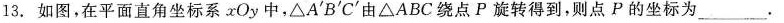
13.如图，在平面直角坐标系xOy中，△A^{1}B^{1}C^{1}由△ABC绕点P旋转得到，则点P的坐标为___.